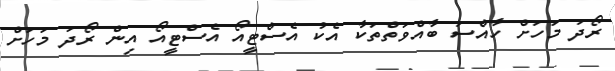
ރޯދަ މަހަށް ހާއްސަ ބާއްވަތްތަކާ އެކު އެސްޓީއޯ އެސްޓީއޯ އިން ރޯދަ މަހަށް